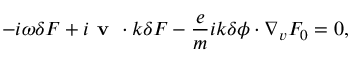
- i \omega \delta F + i { \textbf { v } \boldsymbol { \cdot } \boldsymbol { k } } \delta F - \frac { e } { m } i \boldsymbol { k } \delta \phi \boldsymbol { \cdot } \nabla _ { v } F _ { 0 } = 0 ,